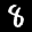
Label: 8